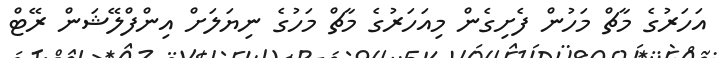
އަހަރުގެ މާޗް މަހުން ފެށިގެން މިއަހަރުގެ މާޗް މަހުގެ ނިޔަލަށް އިންފްލޭޝަން ރޭޓް